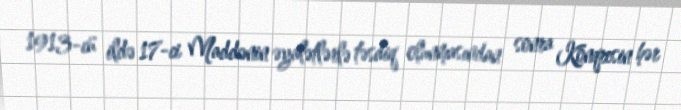
1913-cü ildə 17-ci Maddənin əyalətlərlə təsdiq olunmasından sonra Konqresin hər